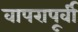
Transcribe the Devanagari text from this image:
वापरापूर्वी